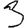
Digit: 3